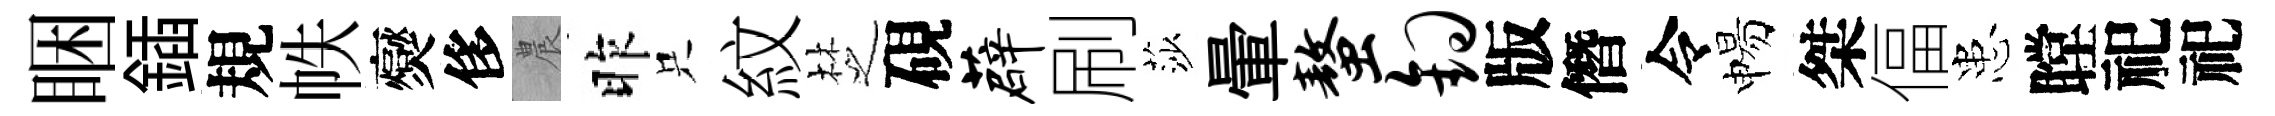
睏鍤規帙爕侈農昨只紋椘硯薜刷莎暈螯钩版僭令惕桀偪患瞠祀祀